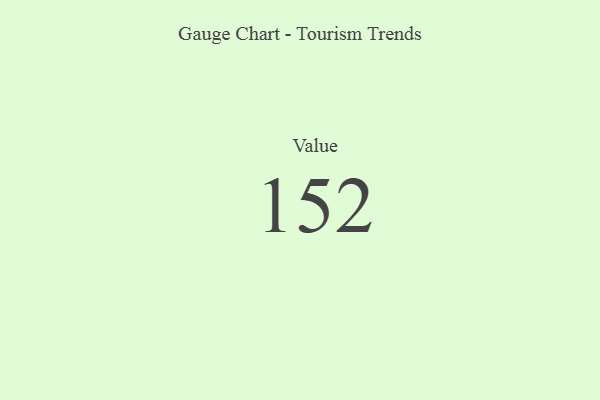
{"axis": {"x": "Metric", "y": "Value"}, "legend": [""], "data": [{"x": "Value", "y": 152, "type": ""}]}